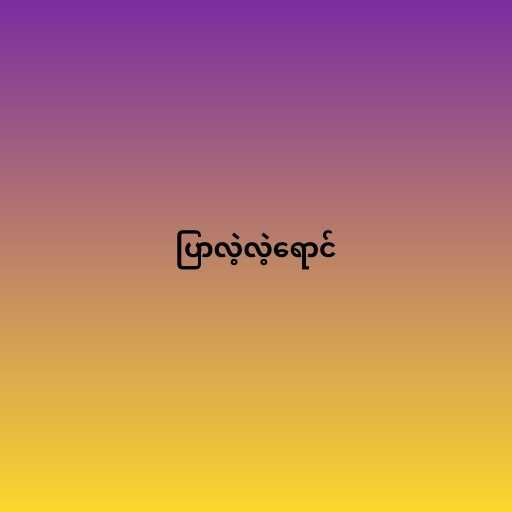
ပြာလဲ့လဲ့ရောင်